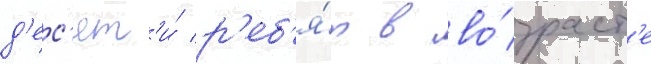
д'ес'ят'и́ р'еб'я́т в во́зраст'е